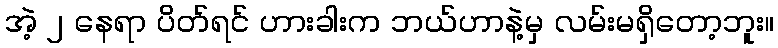
အဲ့ ၂ နေရာ ပိတ်ရင် ဟားခါးက ဘယ်ဟာနဲ့မှ လမ်းမရှိတော့ဘူး။